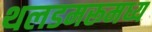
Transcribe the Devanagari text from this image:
थलडमरूमध्य